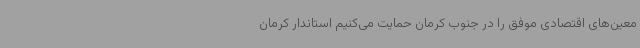
معین‌های اقتصادی موفق را در جنوب کرمان حمایت می‌کنیم استاندار کرمان